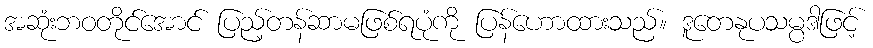
အဆုံးဘဝတိုင်အောင် ပြည့်တန်ဆာမဖြစ်ရပုံကို ပြန်ဟောထားသည်။ ဒူတေနုပသမ္ပဒါဖြင့်